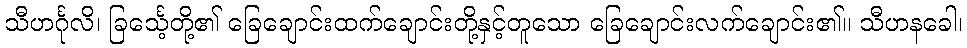
သီဟင်္ဂုလိ၊ ခြင်္သေ့တို့၏ ခြေချောင်းထက်ချောင်းတို့နှင့်တူသော ခြေချောင်းလက်ချောင်း၏။ သီဟနခေါ၊